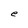
Character: e